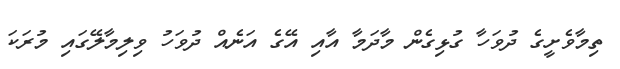
ތިމާވެށީގެ ދުވަހާ ގުޅިގެން މާދަމާ އާއި އޭގެ އަނެއް ދުވަހު ވިލިމާލޭގައި މުރަކަ